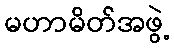
မဟာမိတ်အဖွဲ့